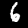
Digit: 6